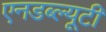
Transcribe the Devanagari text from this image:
एनडब्ल्यूटी